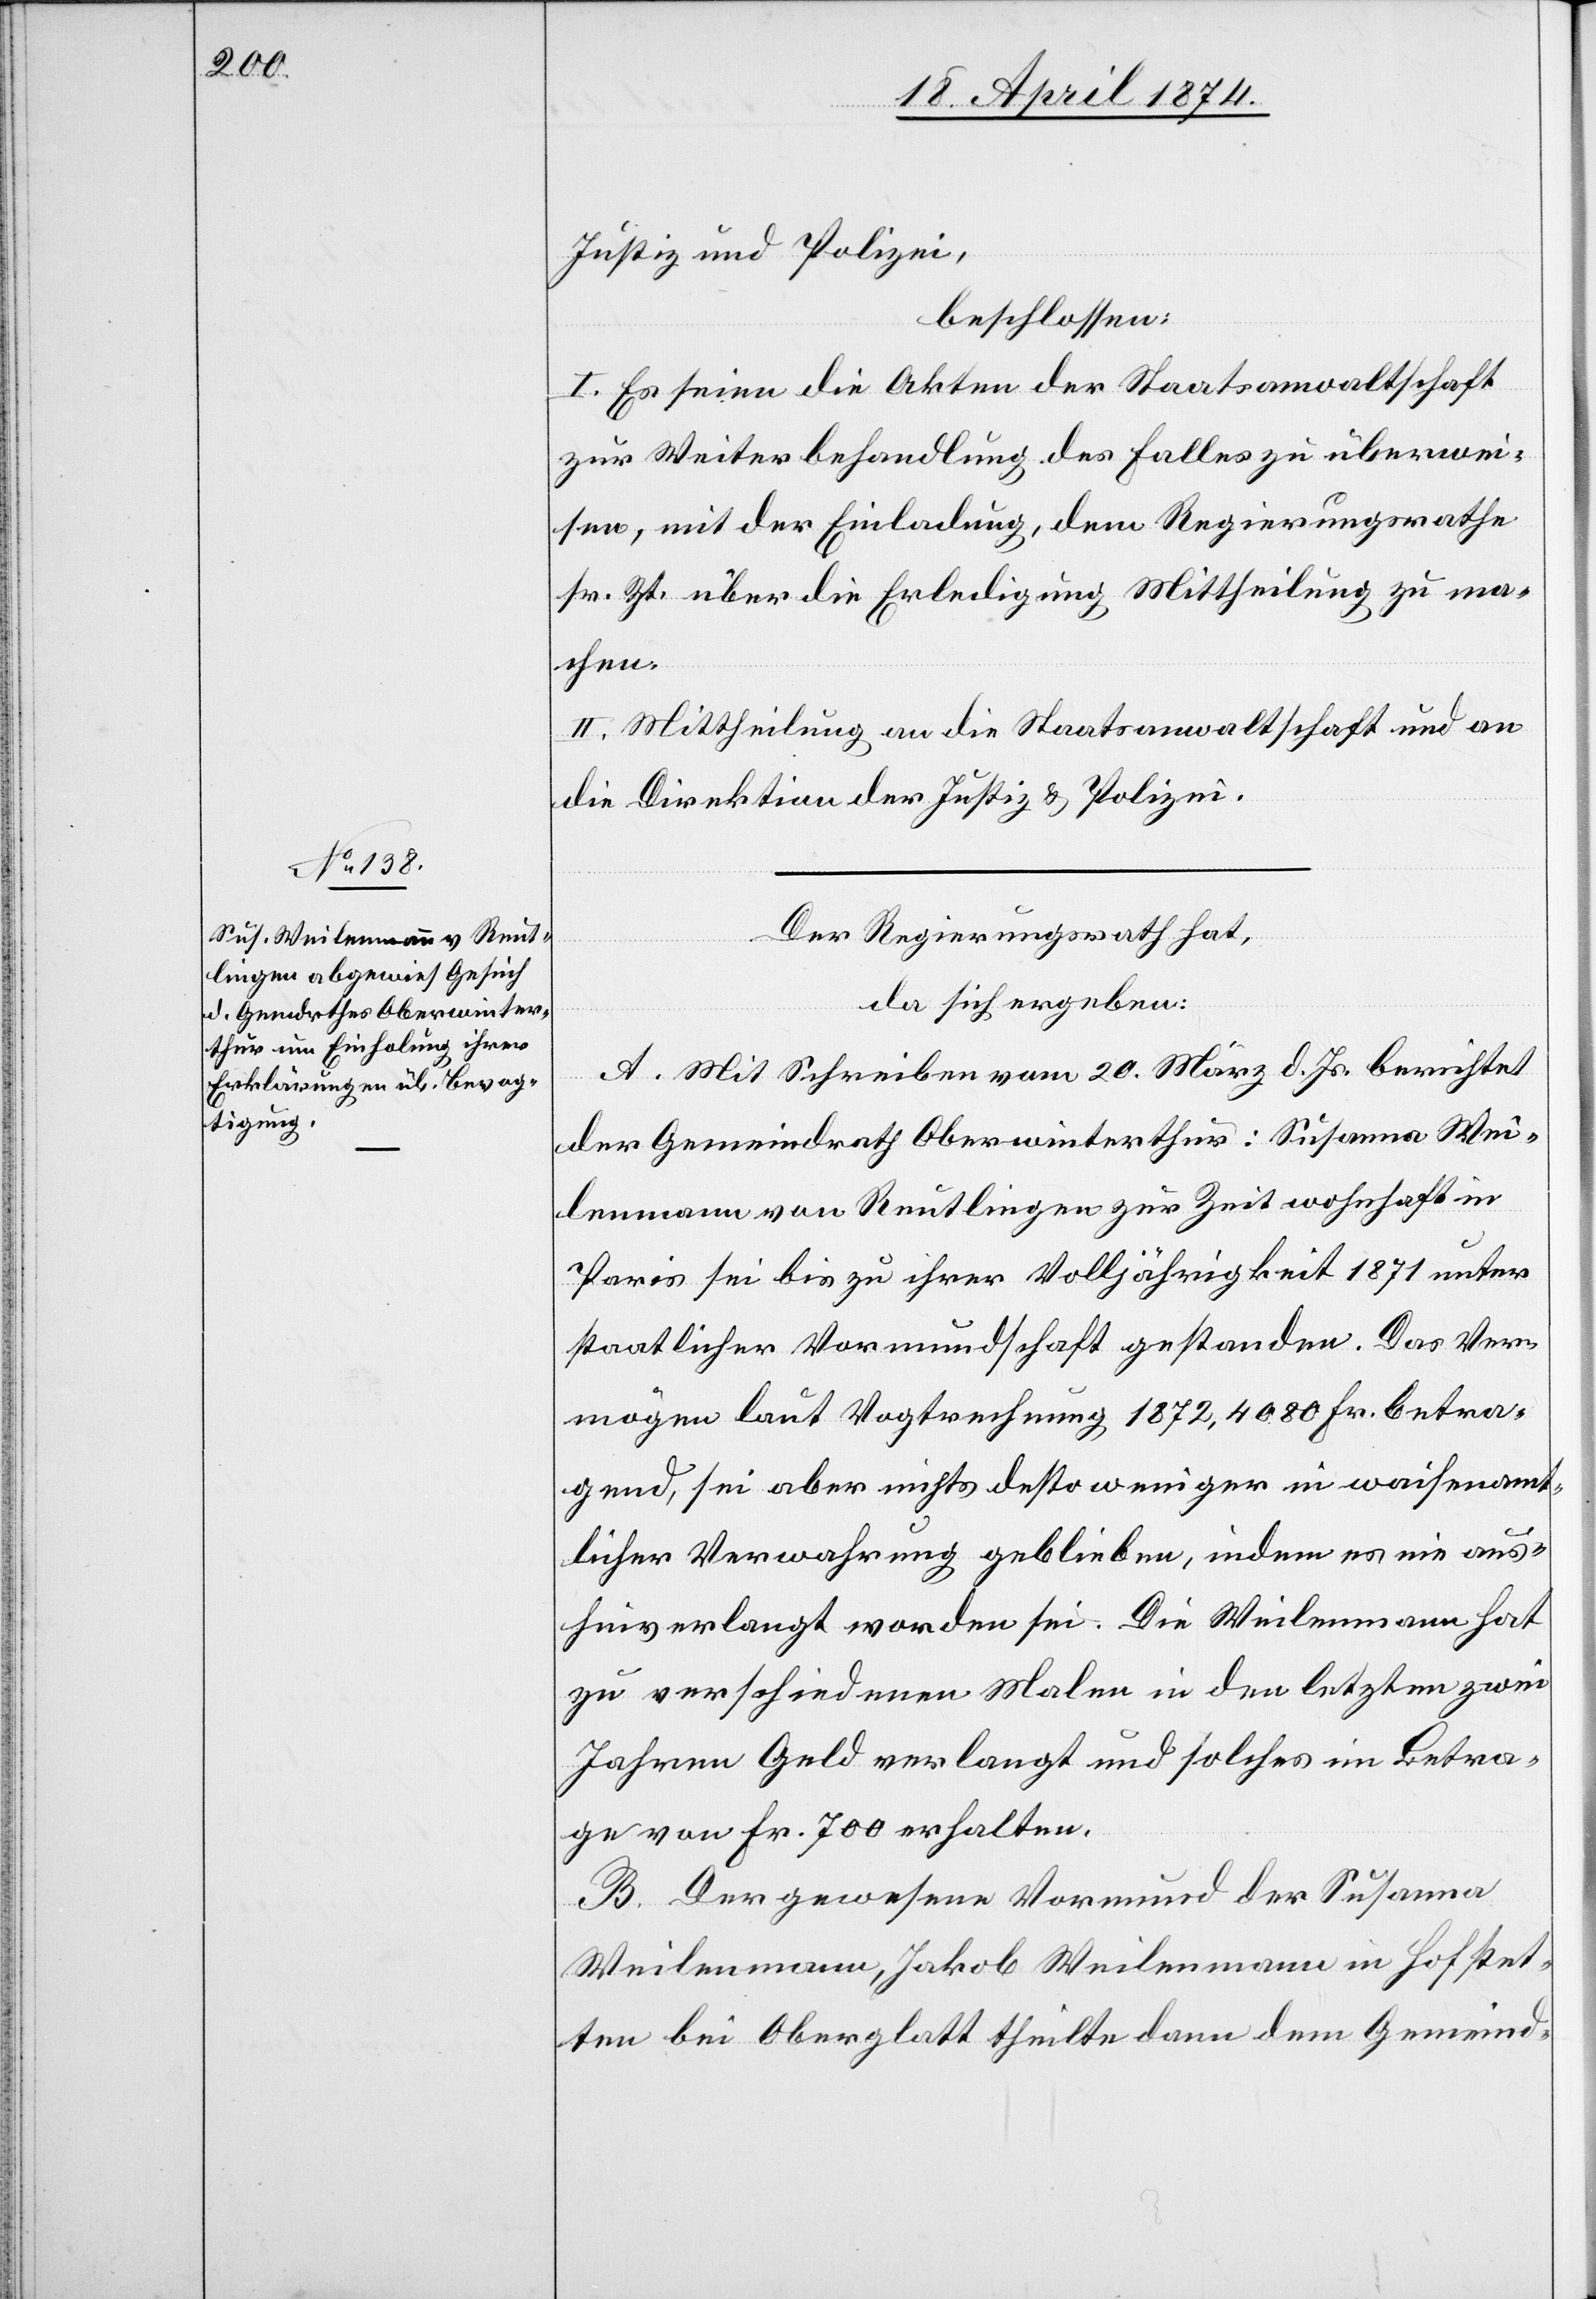
Justiz und Polizei,
beschlossen:
I. Es seien die Akten der Staatsanwaltschaft
zur Weiterbehandlung des Falles zu überwei¬
sen, mit der Einladung, dem Regierungsrathe
sr. Zt. über die Erledigung Mittheilung zu ma¬
chen.
II. Mittheilung an die Staatsanwaltschaft und an
die Direktion der Justiz u. Polizei.
Der Regierungsrath hat,
da sich ergeben:
A. Mit Schreiben vom 20. März d. Js. berichtet
der Gemeindrath Oberwinterthur: Susanna Wei¬
lenmann von Reutlingen zur Zeit wohnhaft in
Paris sei bis zu ihrer Volljährigkeit 1871 unter
staatlicher Vormundschaft gestanden. Das Ver¬
mögen laut Vogtrechnung 1872, 4080 Fr. betra¬
gend, sei aber nichts desto weniger in waisenamt¬
licher Verwahrung geblieben, indem es nie aus¬
hinverlangt worden sei. Die Weilenmann hat
zu verschiedenen Malen in den letzten zwei
Jahren Geld verlangt und solches im Betra¬
ge von Fr. 700 erhalten.
B. Der gewesene Vormund der Susanna
Weilenmann, Jakob Weilenmann in Hofstet¬
ten bei Oberglatt theilte dann dem Gemeind-